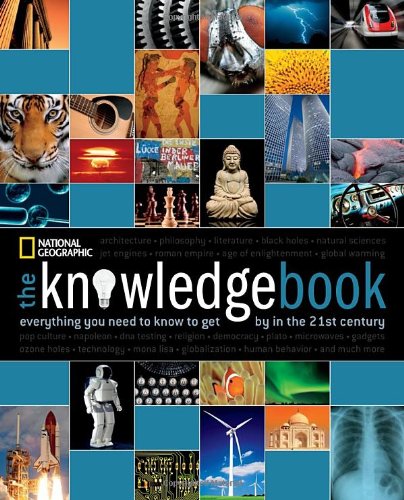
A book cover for The Knowledge Book: Everything You Need to Know to Get by in the 21st Century; National Geographic; Reference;